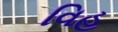
વિહ